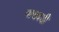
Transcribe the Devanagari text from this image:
मासवडी